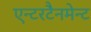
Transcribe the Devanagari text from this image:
एन्टरटैनमेन्ट